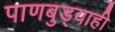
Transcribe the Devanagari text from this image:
पाणबुड्याही